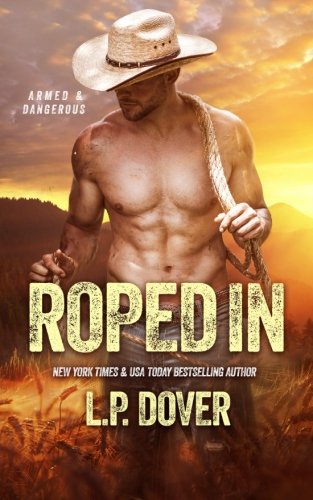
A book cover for Roped In: An Armed & Dangerous Novel; L.P. Dover; Romance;